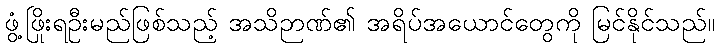
ဖွံ့ဖြိုးရဦးမည်ဖြစ်သည့် အသိဉာဏ်၏ အရိပ်အယောင်တွေကို မြင်နိုင်သည်။